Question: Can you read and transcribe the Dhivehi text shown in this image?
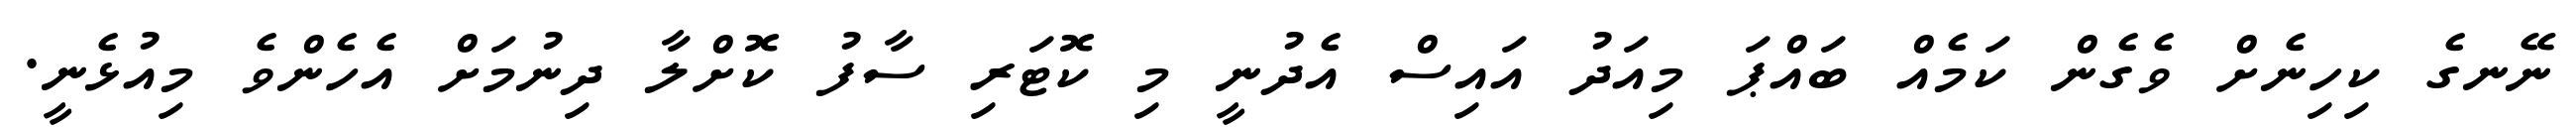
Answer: ނޭނގެ ކިހިނެށް ވެގެން ކަމެއް ބައްޕަ މިއަދު އައިސް އެދުނީ މި ކޮޓަރި ސާފު ކޮށްލާ ދިނުމަށް އެހެންވެ މިއުޅެނީ.